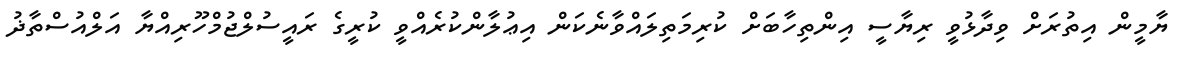
ޔާމީން އިތުރަށް ވިދާޅުވީ ރިޔާސީ އިންތިހާބަށް ކުރިމަތިލައްވާނެކަން އިޢުލާންކުރެއްވީ ކުރީގެ ރައީސުލްޖުމްހޫރިއްޔާ އަލްއުސްތާޛު